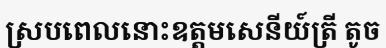
ស្របពេលនោះឧត្តមសេនីយ៍ត្រី តូច